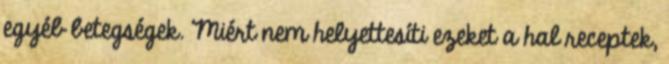
egyéb betegségek. Miért nem helyettesíti ezeket a hal receptek,